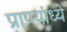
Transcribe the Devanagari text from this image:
प्राण्यांध्ये